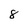
Character: 8